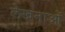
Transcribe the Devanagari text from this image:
लेखनाओं